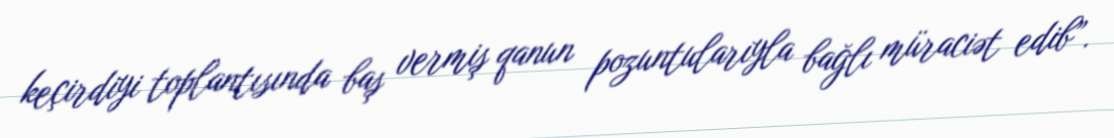
keçirdiyi toplantısında baş vermiş qanun pozuntularıyla bağlı müraciət edib”.